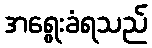
အရွေးခံရသည်